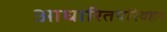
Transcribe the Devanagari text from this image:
आधारितपरिवहन